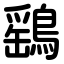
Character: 鷂